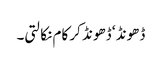
ڈھونڈ ‘ ڈھونڈ کر کام نکالتی۔